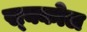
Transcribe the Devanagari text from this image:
स्क्कोल